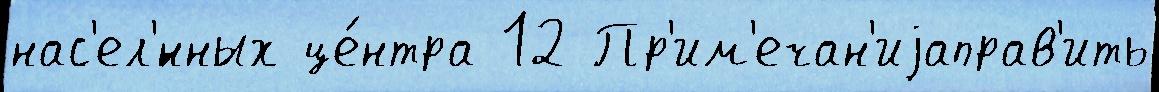
нас'ел'́нных це́нтра 12 Пр'им'ечан'иjаправ'ить